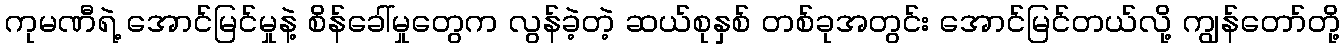
ကုမဏီရဲ့ အောင်မြင်မှုနဲ့ စိန်ခေါ်မှုတွေက လွန်ခဲ့တဲ့ ဆယ်စုနှစ် တစ်ခုအတွင်း အောင်မြင်တယ်လို့ ကျွန်တော်တို့